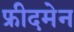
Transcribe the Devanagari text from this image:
फ्रीदमेन